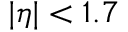
| \eta | < 1 . 7